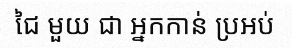
ជៃ មួយ ជា អ្នកកាន់ ប្រអប់